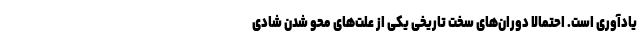
یادآوری است. احتمالا دوران‌های سخت تاریخی یکی از علت‌های محو شدن شادی